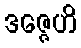
ဒဇ္ဇေဟိ